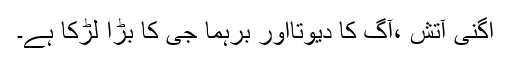
اگنی آتش ،آگ کا دیوتااور برہما جی کا بڑا لڑکا ہے۔